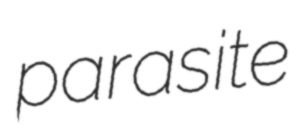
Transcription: parasite